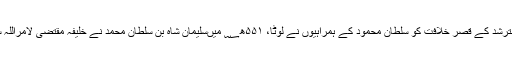
اوراسی تاریخ کو ۵۲۱ھ؁ میں خلیفہ مسترشد کے قصر خلافت کو سلطان محمود کے ہمراہیوں نے لوٹا، ۵۵۱ھ؁ میںسلیمان شاہ بن سلطان محمد نے خلیفہ مقتضی لامراللہ سے بیعت کی اورنائب السلطنت مقرر ہوا۔